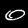
Label: 0